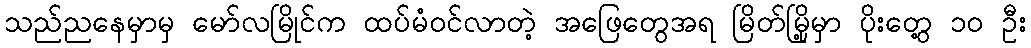
သည်ညနေမှာမှ မော်လမြိုင်က ထပ်မံဝင်လာတဲ့ အဖြေတွေအရ မြိတ်မြို့မှာ ပိုးတွေ့ ၁၀ ဦး